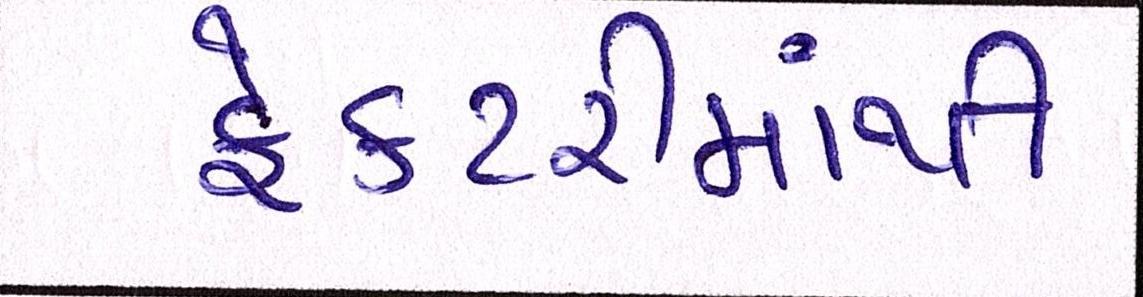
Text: ફેકટરીમાંથી